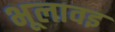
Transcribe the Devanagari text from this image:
भूलावइ